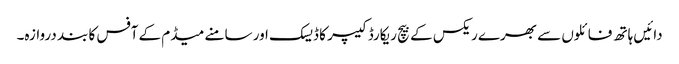
دائیں ہاتھ فائلوں سے بھرے ریکس کے بیچ ریکارڈ کیپر کا ڈیسک اور سامنے میڈم کے آفس کا بند دروازہ۔